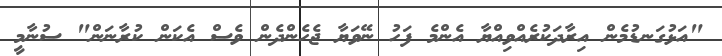
"އަޅުގަނޑުމެން އިރާދަކުރެއްވިއްޔާ އެންމެ ފަހު ނޭވަޔާ ޖެހެންދެން ވެސް އެކަން ކުރާނަން" ސުނާމީ